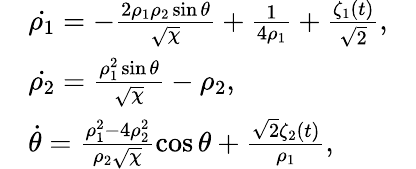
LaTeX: \begin{array}{rlr}&{\dot{\rho_{1}}=-\frac{2\rho_{1}\rho_{2}\sin\theta}{\sqrt{\chi}}+\frac{1}{4\rho_{1}}+\frac{\zeta_{1}(t)}{\sqrt{2}},}&\\ &{\dot{\rho_{2}}=\frac{\rho_{1}^{2}\sin\theta}{\sqrt{\chi}}-\rho_{2},}&\\ &{\dot{\theta}=\frac{\rho_{1}^{2}-4\rho_{2}^{2}}{\rho_{2}\sqrt{\chi}}\cos\theta+\frac{\sqrt{2}\zeta_{2}(t)}{\rho_{1}},}\end{array}